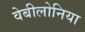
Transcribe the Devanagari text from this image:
वेबीलोनिया